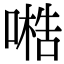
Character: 𠻧